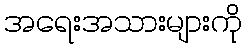
အရေးအသားများကို